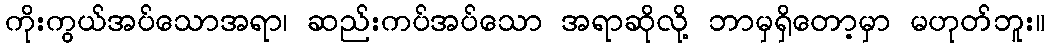
ကိုးကွယ်အပ်သောအရာ၊ ဆည်းကပ်အပ်သော အရာဆိုလို့ ဘာမှရှိတော့မှာ မဟုတ်ဘူး။